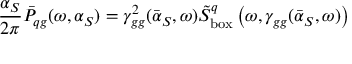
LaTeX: { \frac { \alpha _ { S } } { 2 \pi } } \bar { P } _ { q g } ( \omega , \alpha _ { S } ) = \gamma _ { g g } ^ { 2 } ( \bar { \alpha } _ { S } , \omega ) \tilde { S } _ { \mathrm { b o x } } ^ { q } \left( \omega , \gamma _ { g g } ( \bar { \alpha } _ { S } , \omega ) \right)